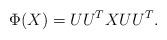
LaTeX: \begin{align*}\Phi(X) = UU^TXUU^T.\end{align*}